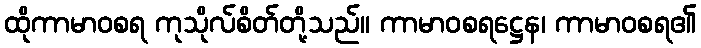
ထိုကာမာဝစရ ကုသိုလ်စိတ်တို့သည်။ ကာမာဝစရဋ္ဌေန၊ ကာမာဝစရ၏